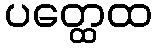
ပတ္ထေထ